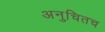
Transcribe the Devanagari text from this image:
अनुचितच